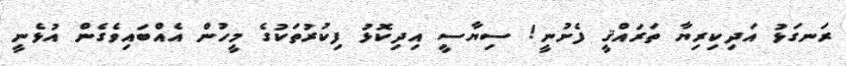
ރަނގަޅު އަދިކިރިޔާ ތަރައްޤީ ފެށުނީ! ސިޔާސީ އިދިކޮޅު ފިކުރުތަކުގެ މީހުން އެއްބައިވެގެން އުޅެނީ